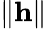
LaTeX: \| \mathbf h\|